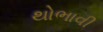
થોભાવી